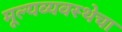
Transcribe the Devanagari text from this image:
मूल्यव्यवस्थेचा